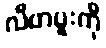
လီဗာပူးကို